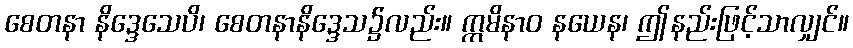
စေတနာ နိဒ္ဒေသေပိ၊ စေတနာနိဒ္ဒေသ၌လည်း။ ဣမိနာဝ နယေန၊ ဤနည်းဖြင့်သာလျှင်။